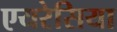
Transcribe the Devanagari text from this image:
एयरेसिया